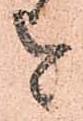
を